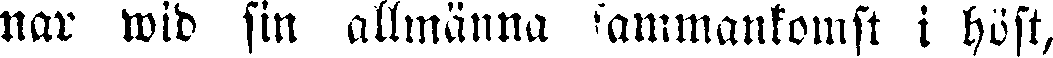
nar wid sin allmänna sammankomst i höst,